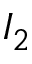
I _ { 2 }